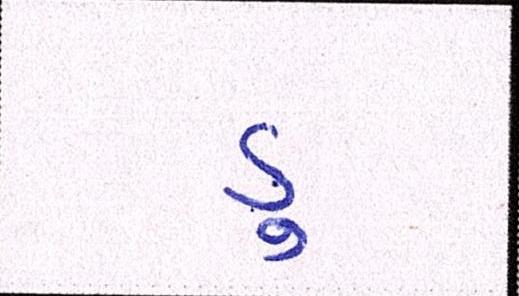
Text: ડુ